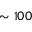
\sim 1 0 0